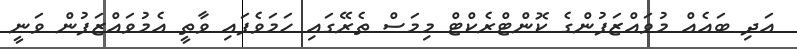
އަދި ބައެއް މުވައްޒަފުންގެ ކޮންޓްރެކްޓް މިމަސް ތެރޭގައި ހަމަވެފައި ވާތީ އެމުވައްޒަފުން ވަނީ